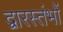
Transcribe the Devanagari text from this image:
द्वारस्तंभों